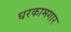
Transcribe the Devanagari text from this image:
घरकामगार